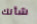
شأنك